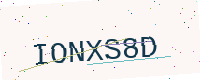
Text: IONXS8D